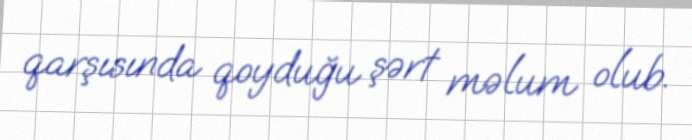
qarşısında qoyduğu şərt məlum olub.